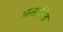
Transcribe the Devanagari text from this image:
भन्‍डारित